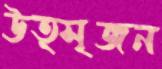
উত্সৃজন